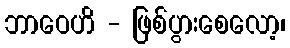
ဘာဝေဟိ - ဖြစ်ပွားစေလော့၊